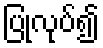
ပြုလုပ်၍